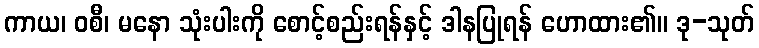
ကာယ၊ ဝစီ၊ မနော သုံးပါးကို စောင့်စည်းရန်နှင့် ဒါနပြုရန် ဟောထား၏။ ဒု-သုတ်